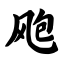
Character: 飑